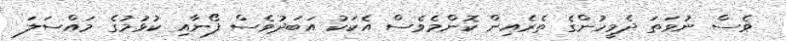
ވެސް ނުވަތަ ދެމީހުންގެ ތެރެއިން ކޮންމެވެސް އެކަކު އަބަދުވެސް ފޯނާއި ކުޅުމުގެ މައްސަލަ